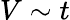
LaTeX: V\sim t